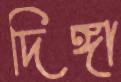
দিঙ্গা